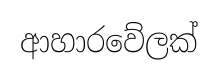
ආහාරවේලක්